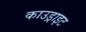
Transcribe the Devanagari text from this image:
काउड्राइट